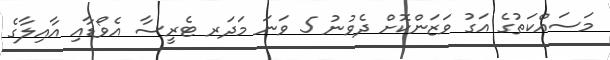
މަސައްކަތުގެ އަގު ވަޒަންކޮށް ދެވުނު 5 ވަނަ މަދަރ ޓެރީސާ އެވޯޑާއި އާއިލާގެ